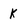
Character: k